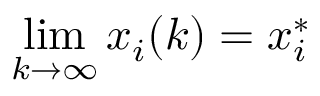
\operatorname* { l i m } _ { k \to \infty } x _ { i } ( k ) = x _ { i } ^ { * }